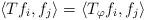
LaTeX: \begin{align*} \langle Tf_i, f_j \rangle = \langle T_\varphi f_i, f_j \rangle\end{align*}